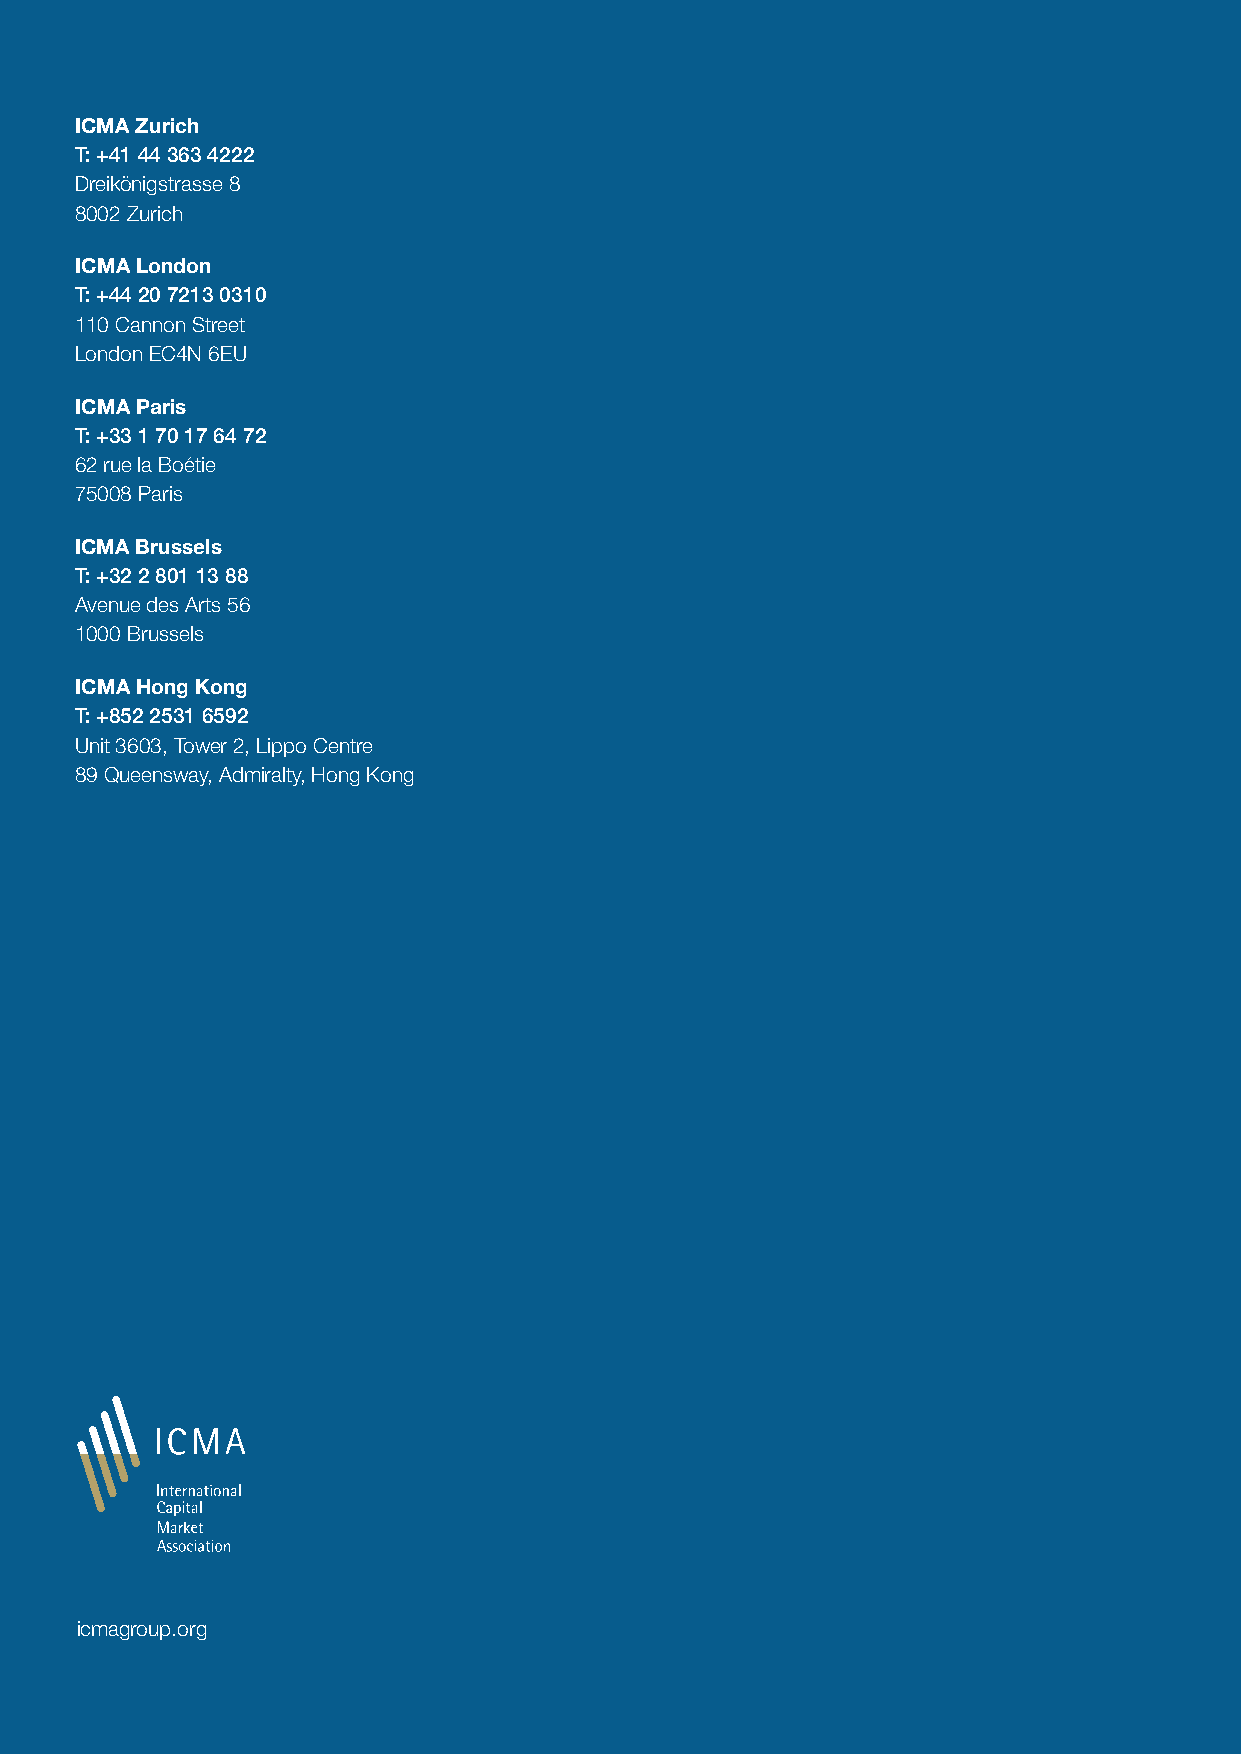
ICMA Zurich
 T: +41 44 363 4222
 Dreikönigstrasse 8
 8002 Zurich
 ICMA London
 T: +44 20 7213 0310
 110 Cannon Street
 London EC4N 6EU
 ICMA Paris
 T: +33 1 70 17 64 72
 62 rue la Boétie
 75008 Paris
 ICMA Brussels
 T: +32 2 801 13 88
 Avenue des Arts 56
 1000 Brussels
 ICMA Hong Kong
 T: +852 2531 6592
 Unit 3603, Tower 2, Lippo Centre
 89 Queensway, Admiralty, Hong Kong
 icmagroup.org
 The European Commercial Paper and Certificates of Deposit Market 29